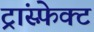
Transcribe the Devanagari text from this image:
ट्रांस्फ़ेक्ट